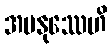
အမနုဿေဟိ